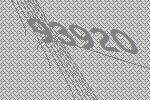
93920